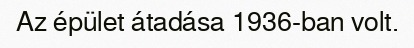
Az épület átadása 1936-ban volt.